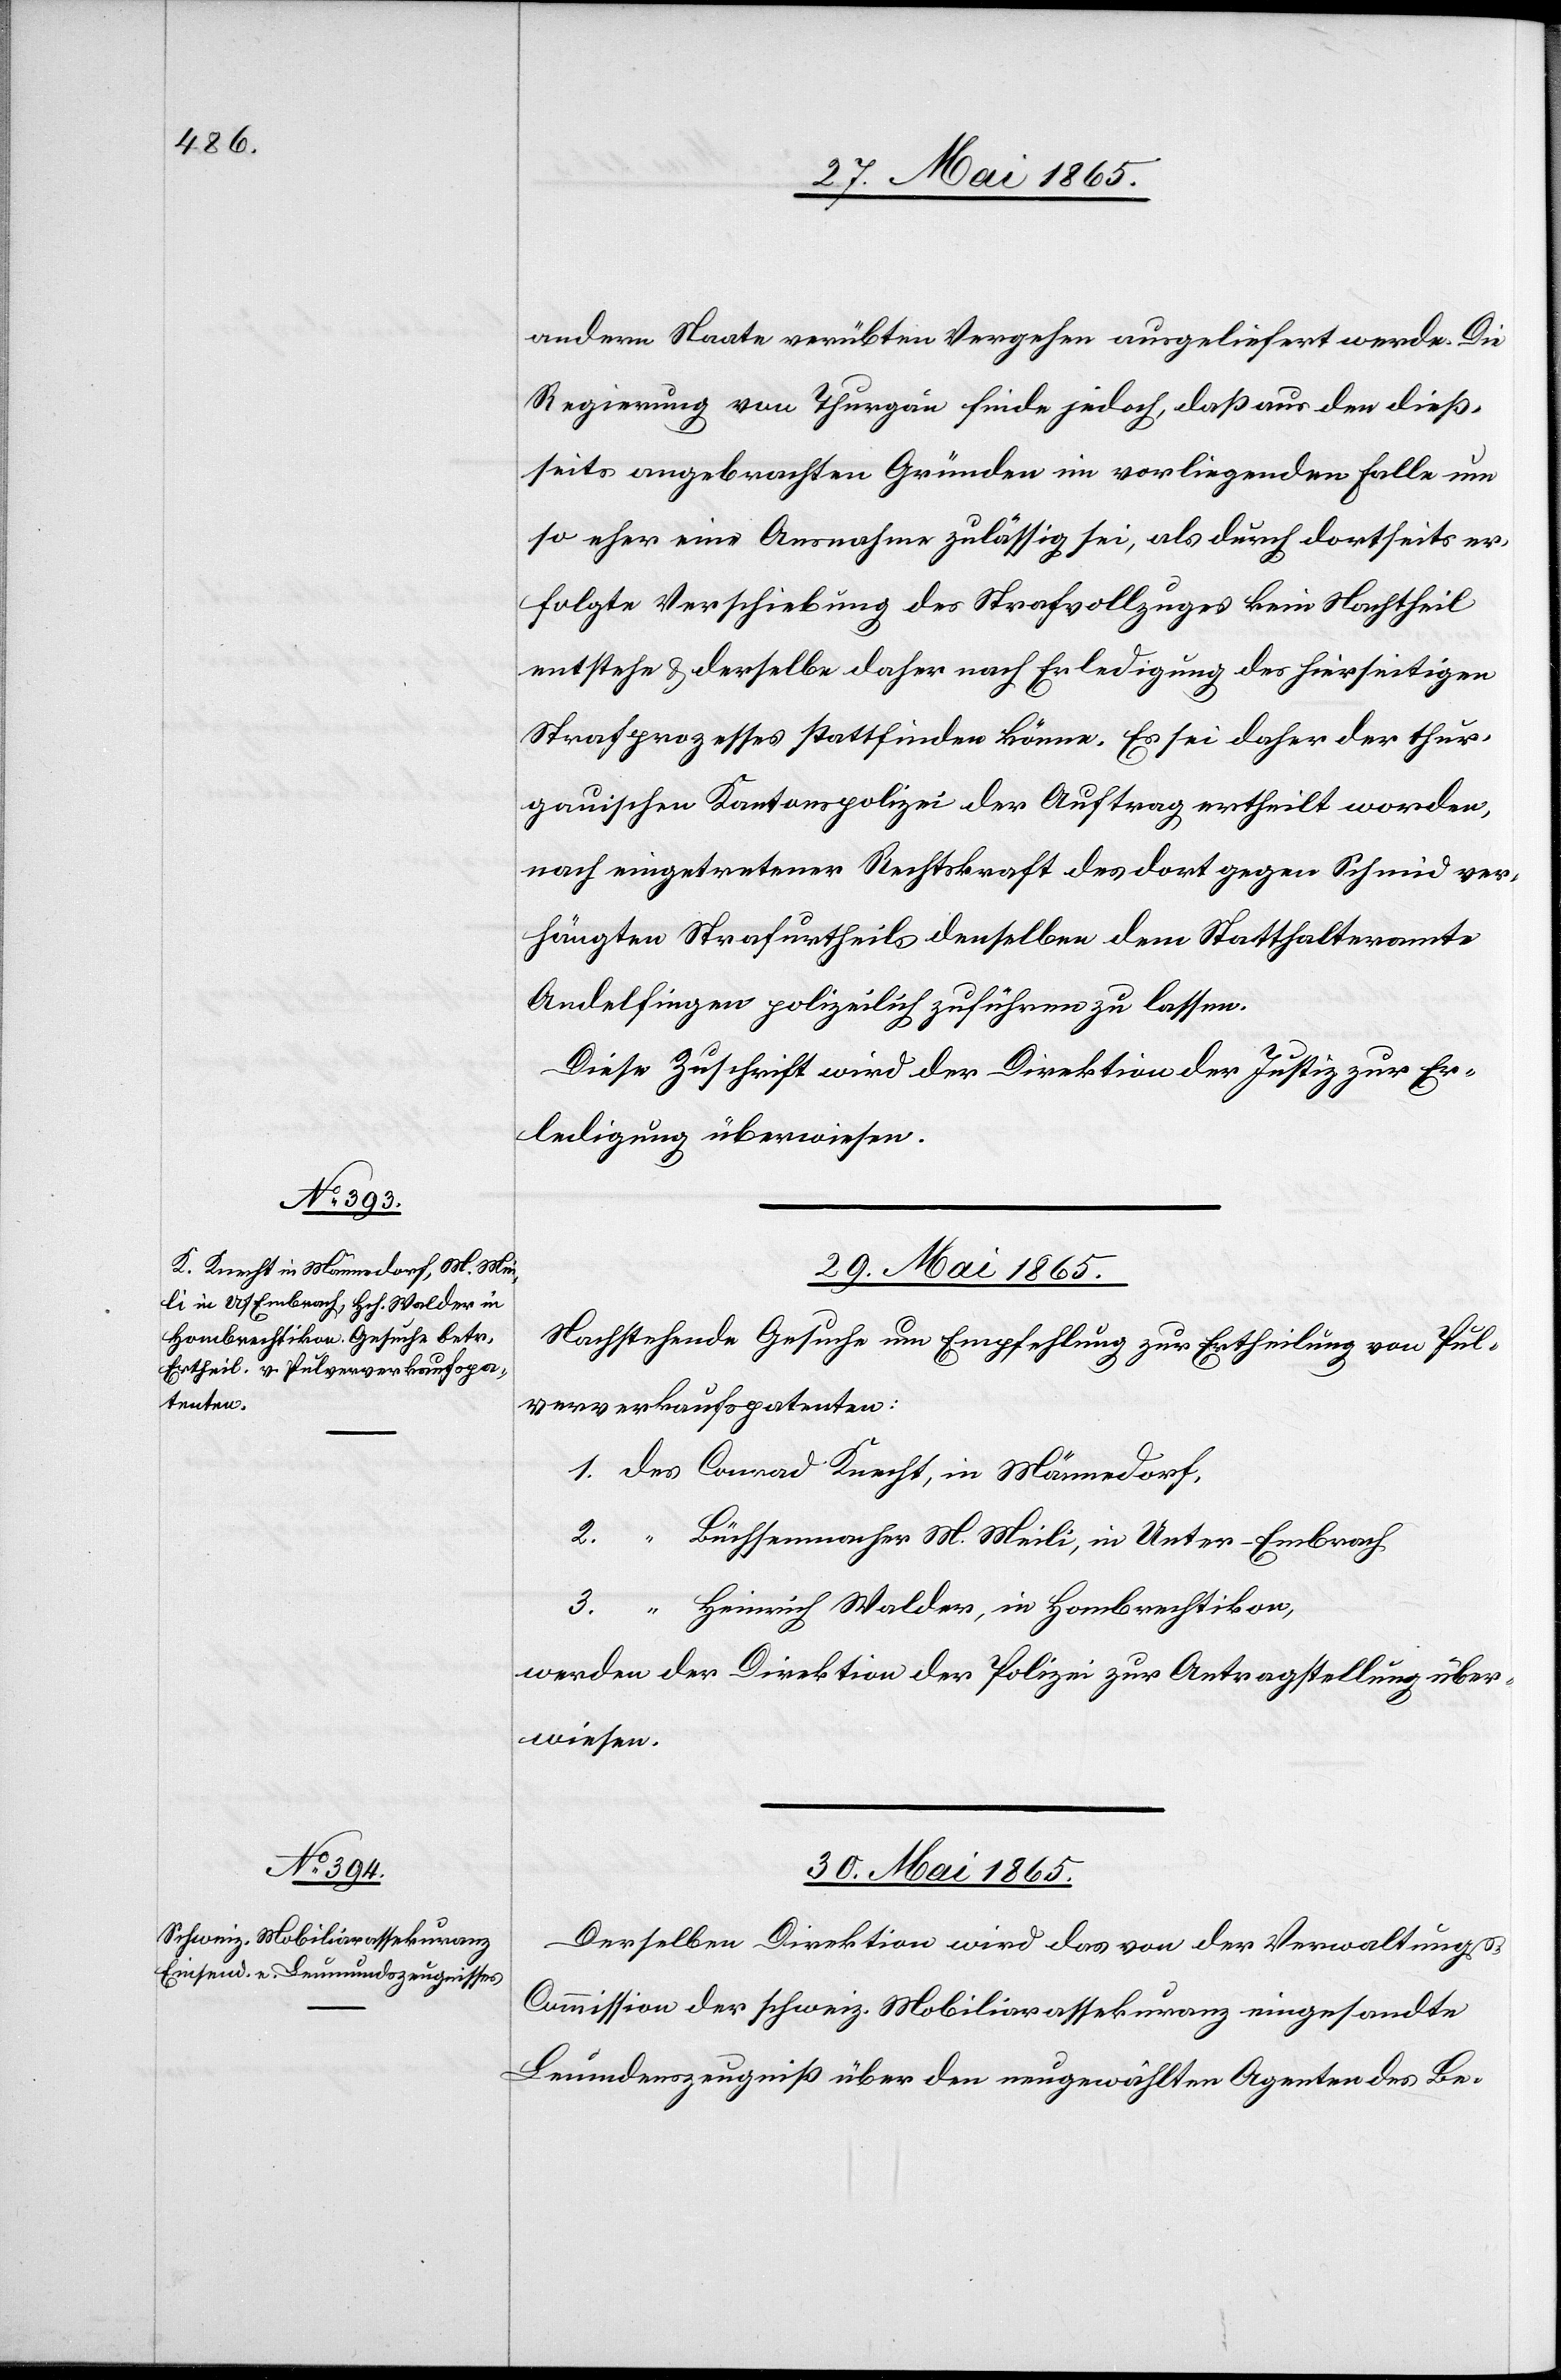
andern Staate verübten Vergehen ausgeliefert werde. Die
Regierung von Thurgau finde jedoch, daß aus den dieß¬
seits angebrachten Gründen im vorliegenden Falle um
so eher eine Ausnahme zulässig sei, als durch dortseits er¬
folgte Verschiebung des Strafvollzuges kein Nachtheil
entstehe & derselbe daher nach Erledigung des hierseitigen
Strafprozesses stattfinden könne. Es sei daher der thur¬
gauischen Kantonspolizei der Auftrag ertheilt worden,
nach eingetretener Rechtskraft des dort gegen Schmid ver¬
hängten Strafurtheils denselben dem Statthalteramte
Andelfingen polizeilich zuführen zu lassen.
Diese Zuschrift wird der Direktion der Justiz zur Er¬
ledigung überwiesen.
29. Mai 1865.
Nachtstehende Gesuche um Empfehlung zur Ertheilung von Pul¬
ververkaufspatenten:
1. des Conrad Knecht, in Männedorf,
2. “ Büchsenmacher M. Meili, in Unter-Embrach
3. “ Heinrich Walder, in Hombrechtikon,
werden der Direktion der Polizei zur Antragstellung über¬
wiesen.
30. Mai 1865.
Derselben Direktion wird das von der Verwaltung¬
s-Commission der schweiz. Mobiliarassekuranz eingesandte
Leumdenszeugniß über den ungewählten Agenten des Be-